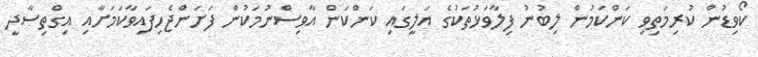
ކޯވިޑުން ކުރިމަތިވި ކަންކަމުން ލިބުނު ފިލާވަޅުތަކުގެ އަލީގައި ކަންކަން އާވިސްނުމަކުން ފަށަންޖެހިފައިވާކަމަށާއި އިގްތިސާދީ